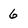
Character: 6